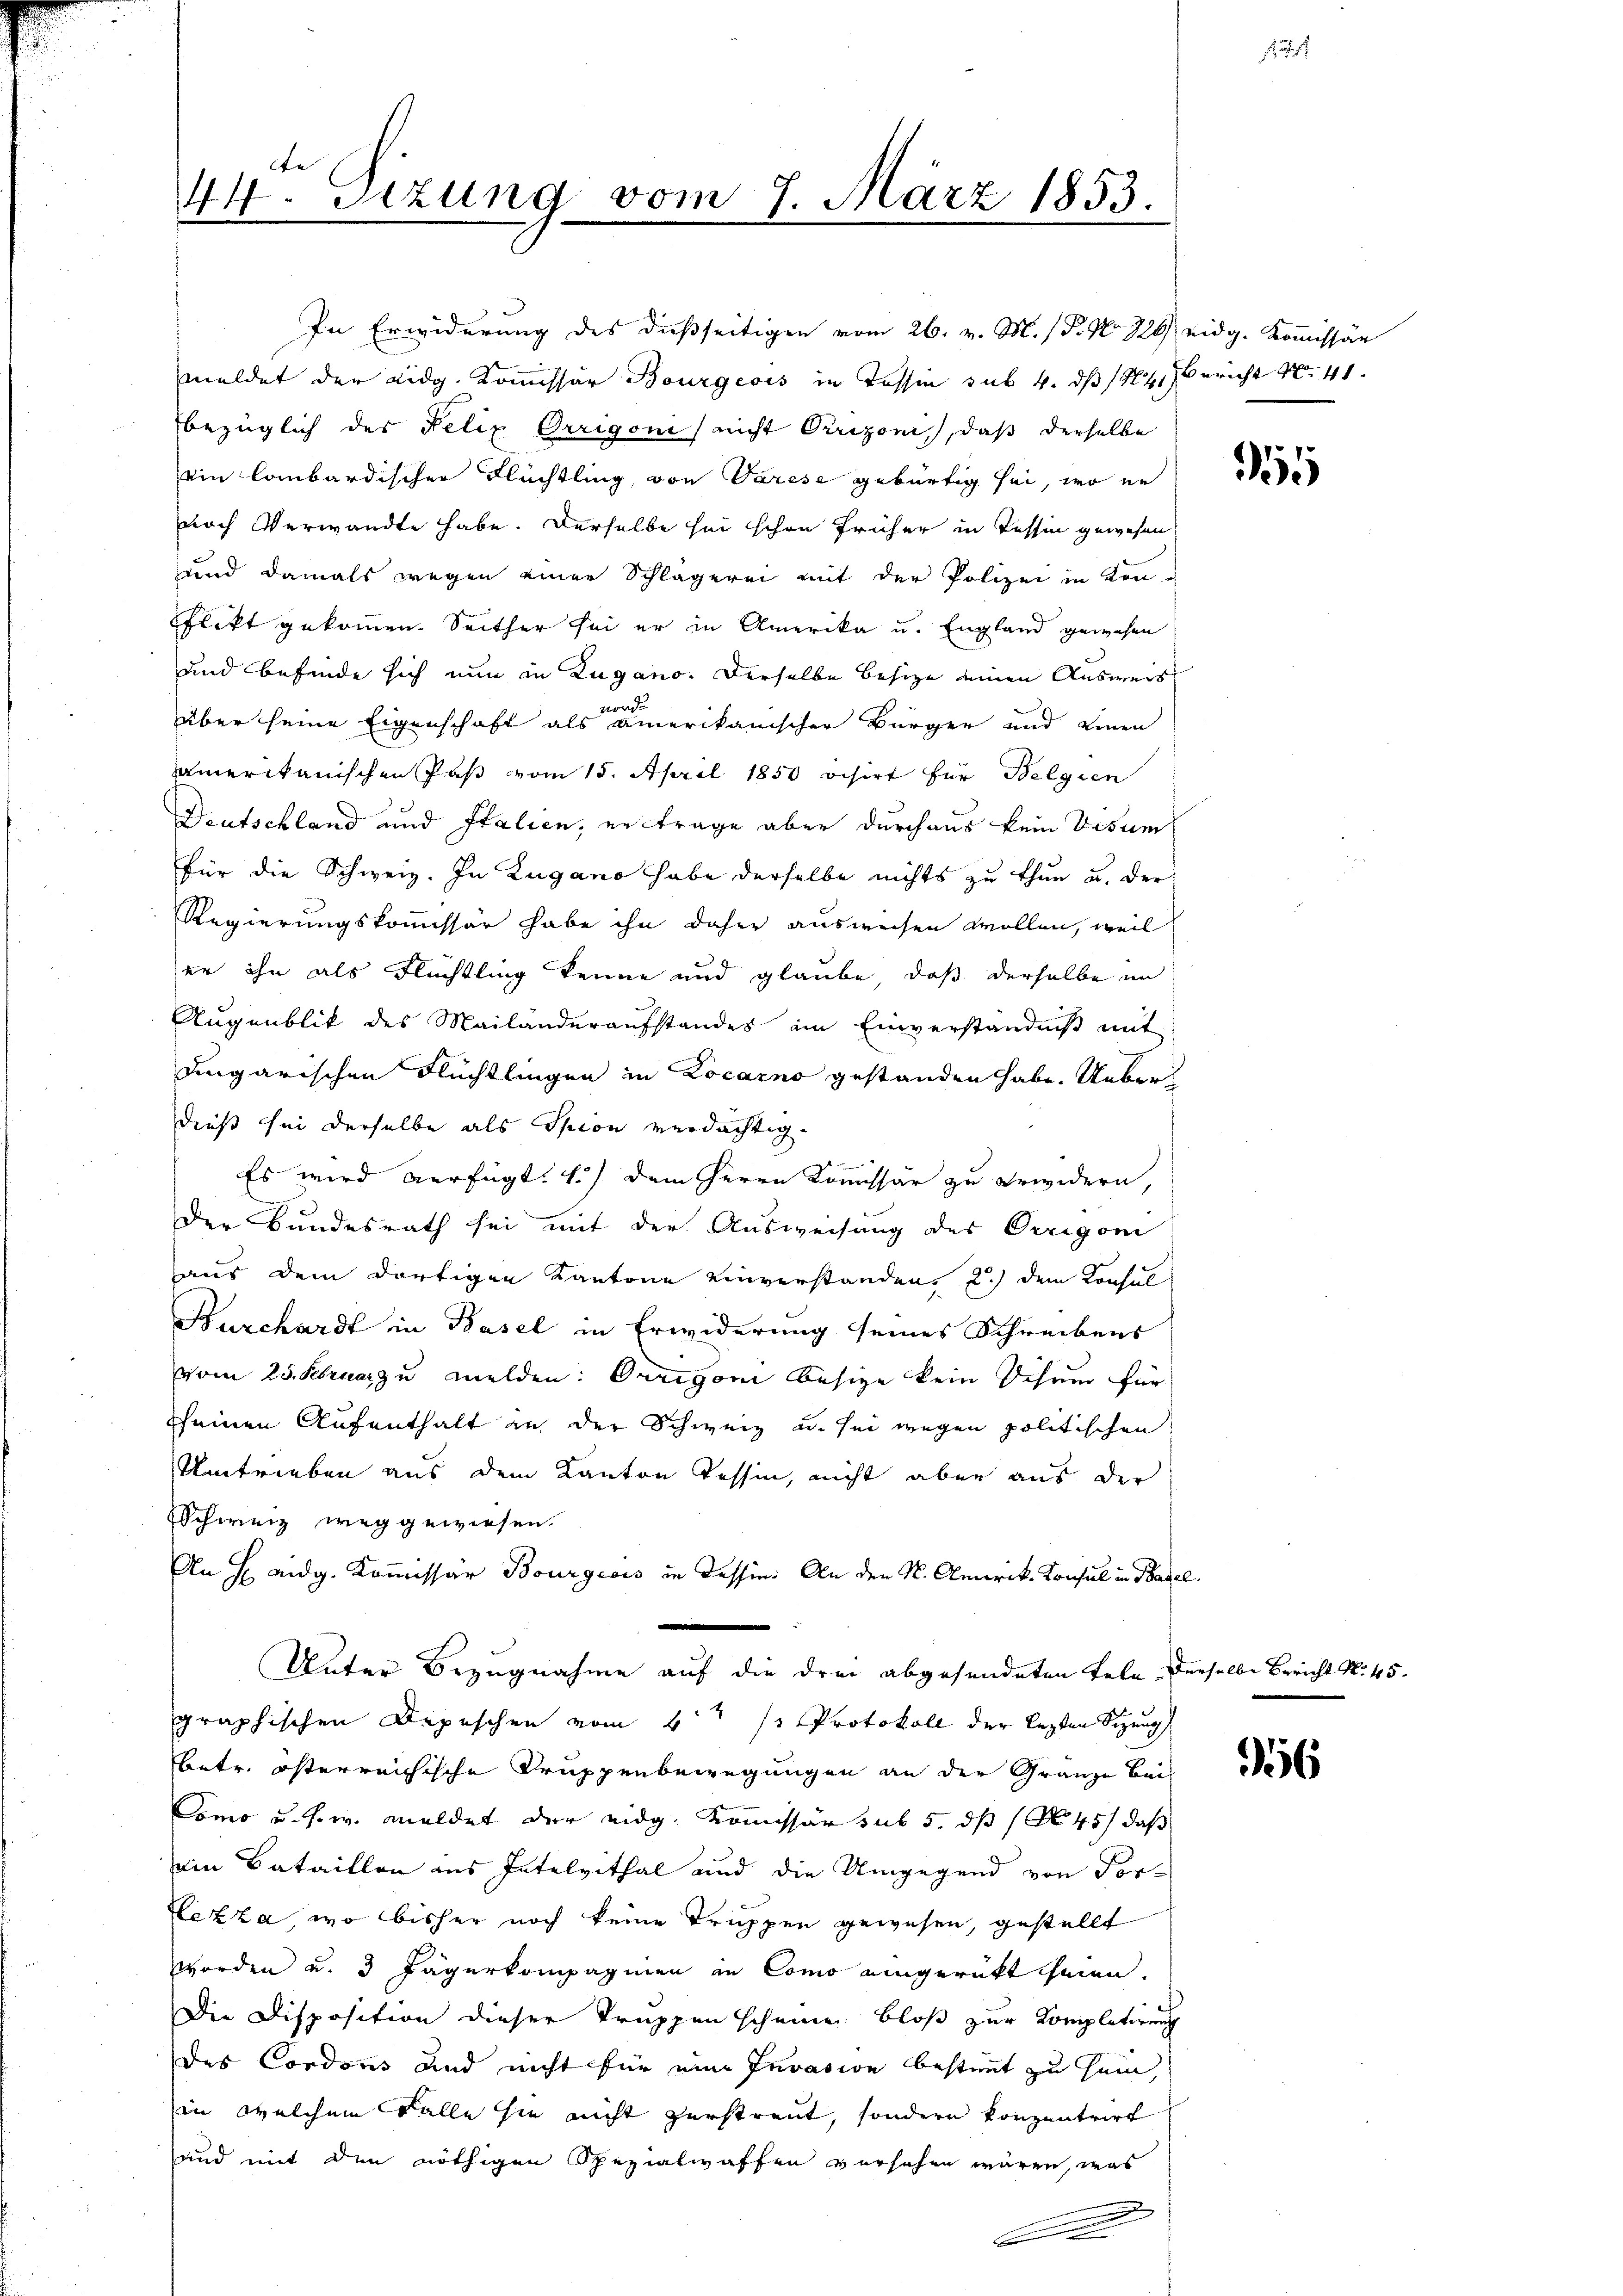
In Erwiderung des dießseitigen vom 26. v. M. P. Nr. 720 eidg. Kommissär
meldet der Eidg. Kommissor Bourgeois in Tessin sub. 4. ds 144. Bericht 40. 41.
bezüglich des Felix Orrigoni nicht Orrizoni, daß derselbe
ein lombardischer Flüchtling, von Varese gebürtig sei, wo er
noch Verwandte habe. Derselbe sei schon früher in Tessin gewesen
und damals wegen einer Schlägerei mit der Polizei in Kon-
Plikt gekommen. Seither sei er in Amerika u. England gewesen
und befinde sich nun in Zugano. Derselbe Besize einen Ausweis
vor.
über seine Eigenschaft als amerikanischer Bürger und einen
amerikanischen Paß vom 15. April 1850 visirt für Belgien
Deutschland und Italien, ertrage aber durchaus kein Visum
für die Schweiz. In Zugano habe derselbe nichts zu thun u. der
Regierungskommissär habe ihn daher ausweisen wollen, weil
er ihn als Flüchtling kenne und glaube, daß derselbe im
Augenblik des Mailanderaufstandes im Einverständniβ mit
dngarischen Flüchtlingen in Locarno gestanden habe. Ueberdieß sei derselbe als Spion verdächtig¬
Es wird verfügt: 1.) dem Herrn Kommissär zu erwidern,
Der Bundesrath sei mit der Ausweisung des Oerigoni
aus dem dortigen Kantone einverstanden, u. dem Konsul
Burchardt in Basel in Erwiderung seines Schreibens
vom 25. Februar zu melden: Orrigon Besige kein Schum für
sseinen Aufenthalt an der Schweiz u. sei wegen politischen
Umtrieben aus dem Kanton Tessin, nicht aber aus der
Schweiz weggewiesen.
An H. eidg. Kommissär Bourgeois in dessin: An den S. Amerik. Konsul in Basel.
Unter Bezugnahme auf die drei abgesendeten Tele derselbe Bericht No. 45.
graphischen Depeschen vom 4ten 13 Protokoll der lezten Sizung
betr. österreichische Truppenbewegungen an der Gränze Bei
Como u. s. w. meldet der eidg. Kommissär sub 5. dß (N 45) daß
din Bataillon aus Intelvithal und die Umgegend von For-
Herza, wo bisher noch keine Truppen gewesen, gestellt
worden u. 3 Jägerkompagnien in Como eingerückt seien.
Die Disposition dieser Truppen scheine bloß zur Kompletirung
des Cordons und nicht für eine Invasion bestimmt zu sein,
in welchem Falle sie nicht zerstreut, sondern konzentrirt
und mit den nöthigen Spezialwaffen versehen wären, was
e

44. Sizung vom 7. März 1853.

55

6